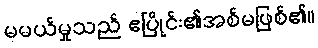
မမယ်မှုသည် ဧပြိုင်း၏အစ်မဖြစ်၏။